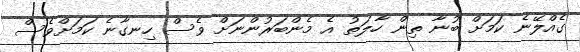
ގެއްލޭނެ ކަމަށް ބުނާ ތިން ހާލަތު އެ މެންބަރުންނަށް ވެސް ހިނގާނެ ކަމަށްވެސް